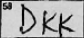
Transcription: DKK